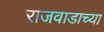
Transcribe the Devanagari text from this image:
राजवाडाच्या